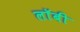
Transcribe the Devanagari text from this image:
लाॅबी